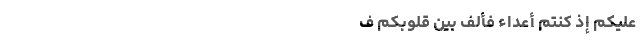
عَلَیْکُمْ إِذْ کُنْتُمْ أَعْدَاءً فَأَلَّفَ بَیْنَ قُلُوبِکُمْ ف